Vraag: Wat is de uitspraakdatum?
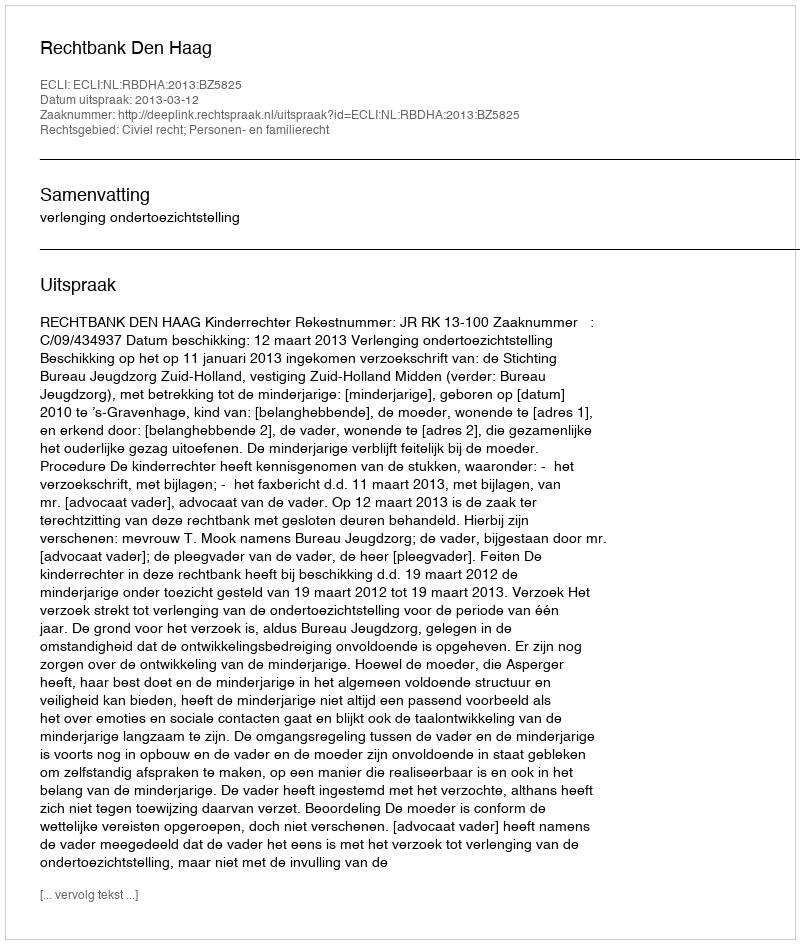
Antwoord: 2013-03-12